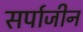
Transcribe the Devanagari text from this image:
सर्पाजीन